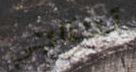
تحتاجي